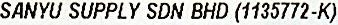
SANYU SUPPLY SDN BHD (1135772-K)